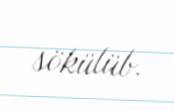
sökülüb.